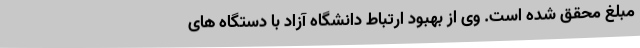
مبلغ محقق شده است. وی از بهبود ارتباط دانشگاه آزاد با دستگاه های